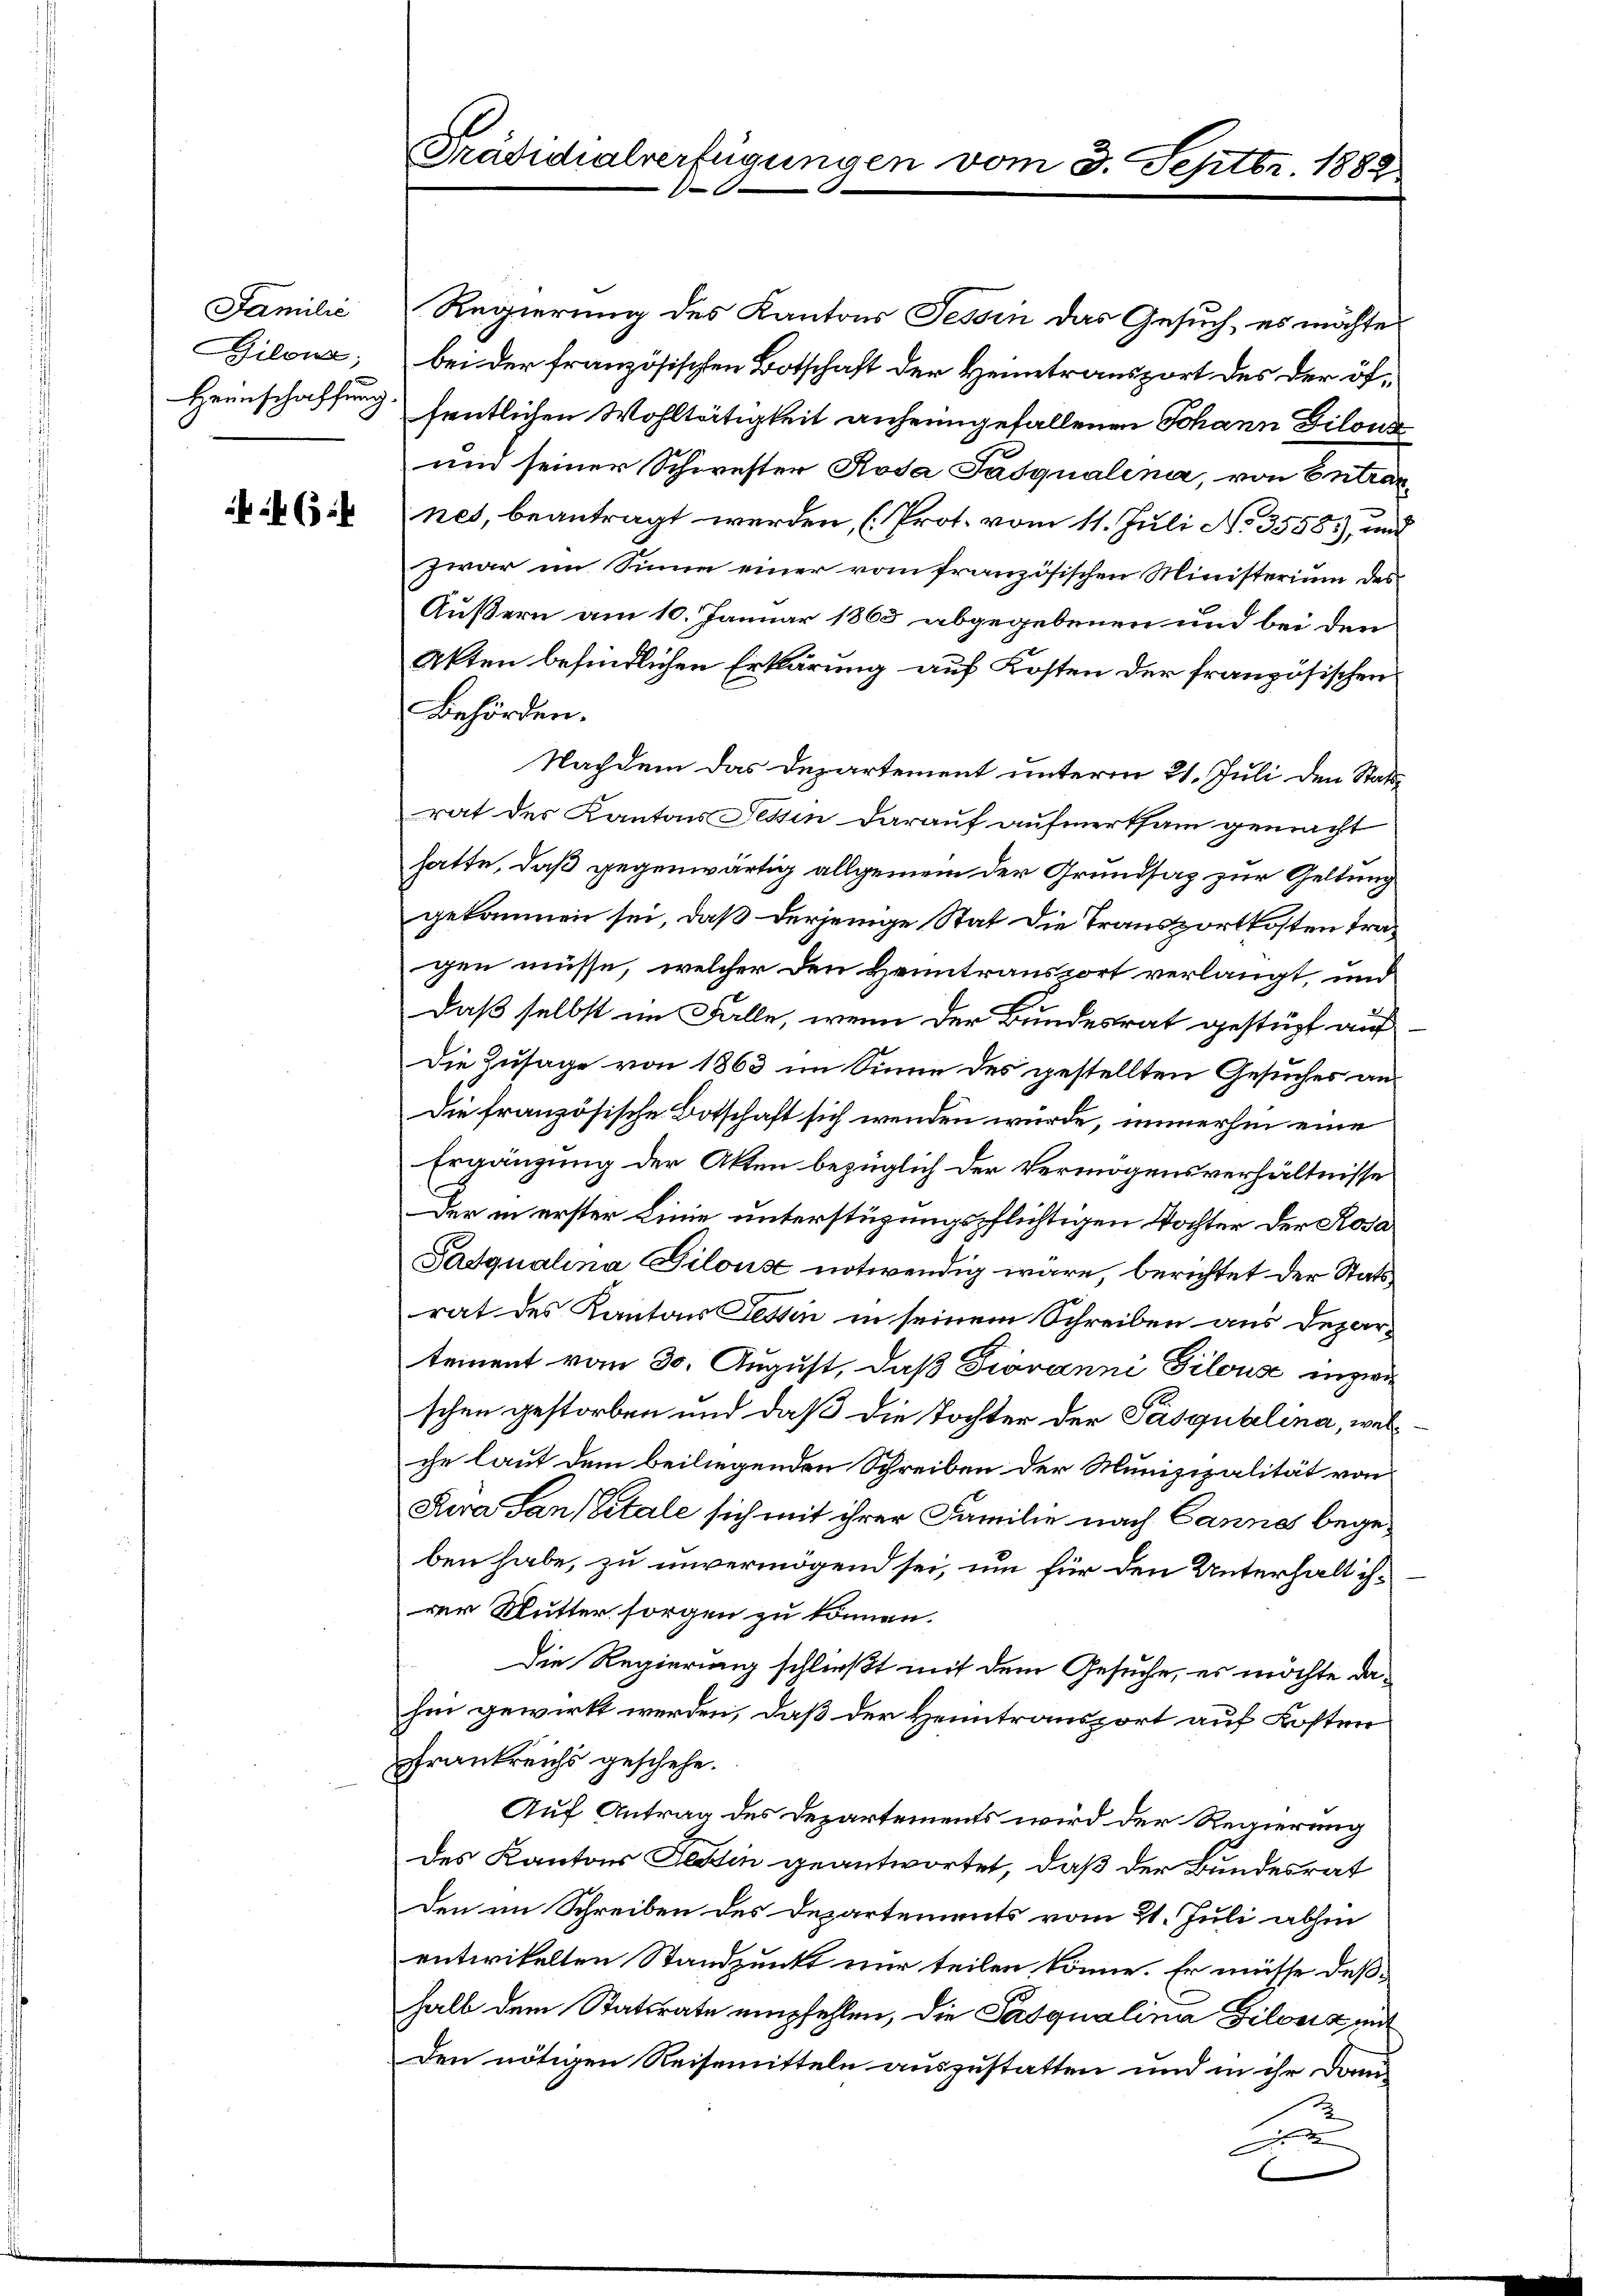
Familie
Bilona;

5 x

Präsidialverfügungen von

Regierung des Kantons Tessin das Gesuch, es möchtes
bei der französischen Botschaft der Heimtransport des der öf¬
Heimschaffung fentlichen Wohltätigkeit anheimgefallenen Johann Gilous
und seiner Schwester Rosa Tasqualina, von Entrarnet, beantragt werden, (Prot. vom 11. Juli No 3558), und
zwar im Sinne einer vom französischen Ministerium des
Äußern am 10. Januar 1863 abgegebenen und bei den
Akten befindlichen Erklärung auf Kosten der französischen
Behörden.
Nachdem das Departement unterm 21. Juli den Stattrat des Kantons Tessin darauf aufmerksam gemacht
hatte, daß gegenwärtig allgemein der Grundsaz zur Geltung
gekommen sei, daß derjenige Stat die Transportkosten tragen müsse, welcher den Heimtransport verlangt, und
daß selbst im Falle, wenn der Bundesrat gestüzt auf
Die Zusage von 1863 im Sinne des gestellten Gesuches an¬
Die französische Botschaft sich wenden würde, immerhin eine
Ergänzung der Akten bezüglich der Vermögensverhältnisse
Der in erster Linie unterstüzungspflichtigen Wochter der Rosa
Fadqualina Pilons notwendig wäre, berichtet der Stats
rat des Kantons Tessin in seinem Schreiben aus Depar-
tement vom 30. August, daß Giovanni Gilouse inzwischen gestorben und daß die Tochter der Pasqualina, welche laut dem beiliegenden Schreiben der Munizipalität von
Swa San (Vitale sich mit ihrer Familie nach Cannes begeben habe, zu unvermögend sei, um für den Unterhalt ihrer Mutter sorgen zu können.
Die Regierung schließt mit dem Gesuche, es möchte dahin gewirkt werden, daß der Heimtransport auf Kosten
Frankreichs geschehe.
Auf Antrag des Departements wird der Regierung
des Kantons Tessin geantwortet, daß der Bundesrat
Den im Schreiben des Departements vom 21. Juli abhin
entwikelten Standpunkt nur teilen könne. Er müsse deßhalb dem Statsrate empfehlen, die Pasqualina Gilonis mit
Den nötigen Reisemitteln auszustatten und in ihr Dom-
B

23. Septbr. 1882